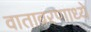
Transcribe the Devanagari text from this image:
वातावरणाध्ये